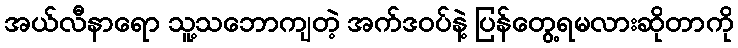
အယ်လီနာရော သူ့သဘောကျတဲ့ အက်ဒဝပ်နဲ့ ပြန်တွေ့ရမလားဆိုတာကို